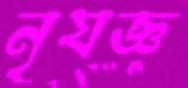
নৃযজ্ঞ